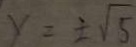
y = \pm \sqrt { 5 }